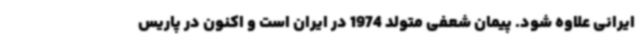
ایرانی علاوه شود. پیمان شعفی متولد 1974 در ایران است و اکنون در پاریس